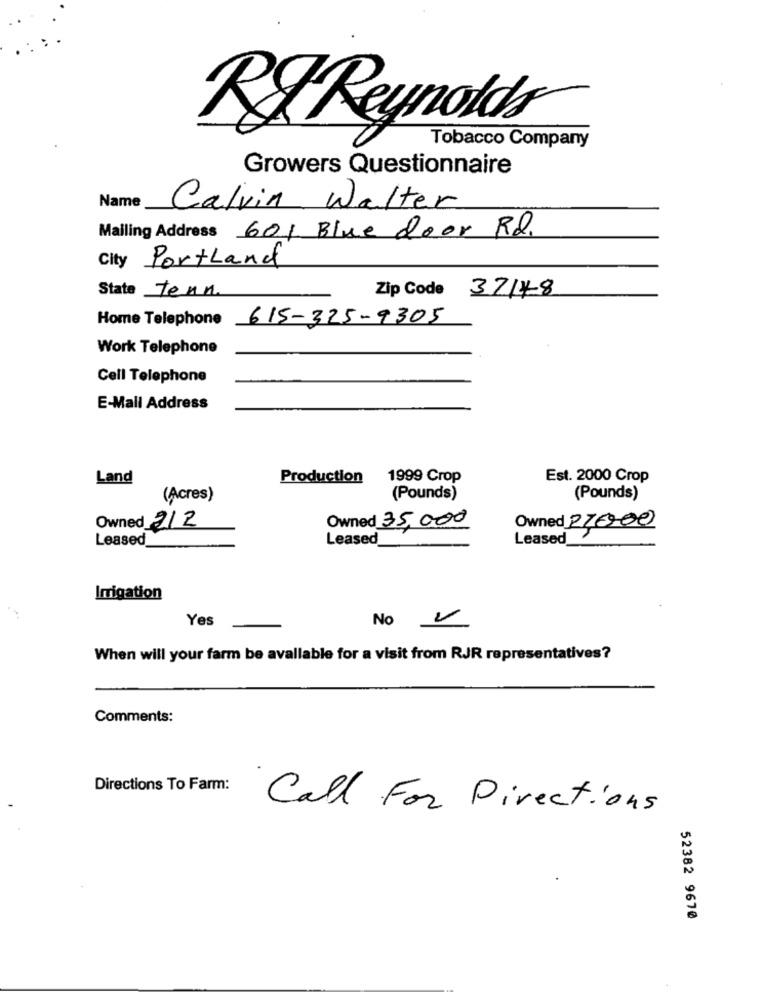
RIReynolda®
Tobacco Company
Growers Questionnaire
Name
Calvin Walter
Mailing Address 601 Blue door Rd.
City Portland
State tenn.
Zip Code 37148
Home Telephone 615-325-9305
Work Telephone
Cell Telephone
E-Mail Address
Land
Production 1999 Crop
Est. 2000 Crop
(Acres)
(Pounds)
(Pounds)
Owned 35,000
Owned 212
Owned 270700
Leased
Leased
Leased
Irrigation
Yes
No V
When will your farm be available for a visit from RJR representatives?
Comments:
Directions To Farm:
Call For Directions
52382 9670